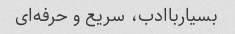
بسیارباادب، سریع و حرفه‌ای